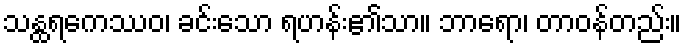
သန္ထရကေဿဝ၊ ခင်းသော ရဟန်း၏သာ။ ဘာရော၊ တာဝန်တည်း။